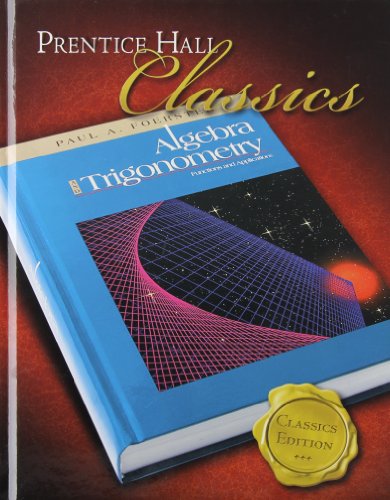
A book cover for Algebra and Trigonometry: Functions and Applications (Prentice Hall Classics); PRENTICE HALL; Science & Math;